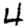
Digit: 4